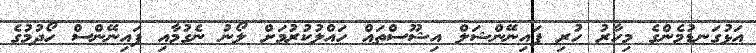
އަޅުގަނޑުމެންގެ މިހާރު ހުރި ފައިނޭންޝަލް އިޝޫސްތައް ހައްލުކުރުމަށް ލޯނު ނެގުމާއި ފައިނޭންސް ހޯދުމުގެ